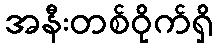
အနီးတစ်ဝိုက်ရှိ